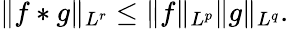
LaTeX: \| f\ast g\| _{L^{r}}\leq\| f\| _{L^{p}}\| g\| _{L^{q}}.